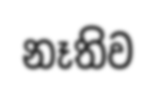
නෑතිව